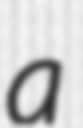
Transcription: a